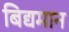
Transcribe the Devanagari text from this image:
बिद्यमान